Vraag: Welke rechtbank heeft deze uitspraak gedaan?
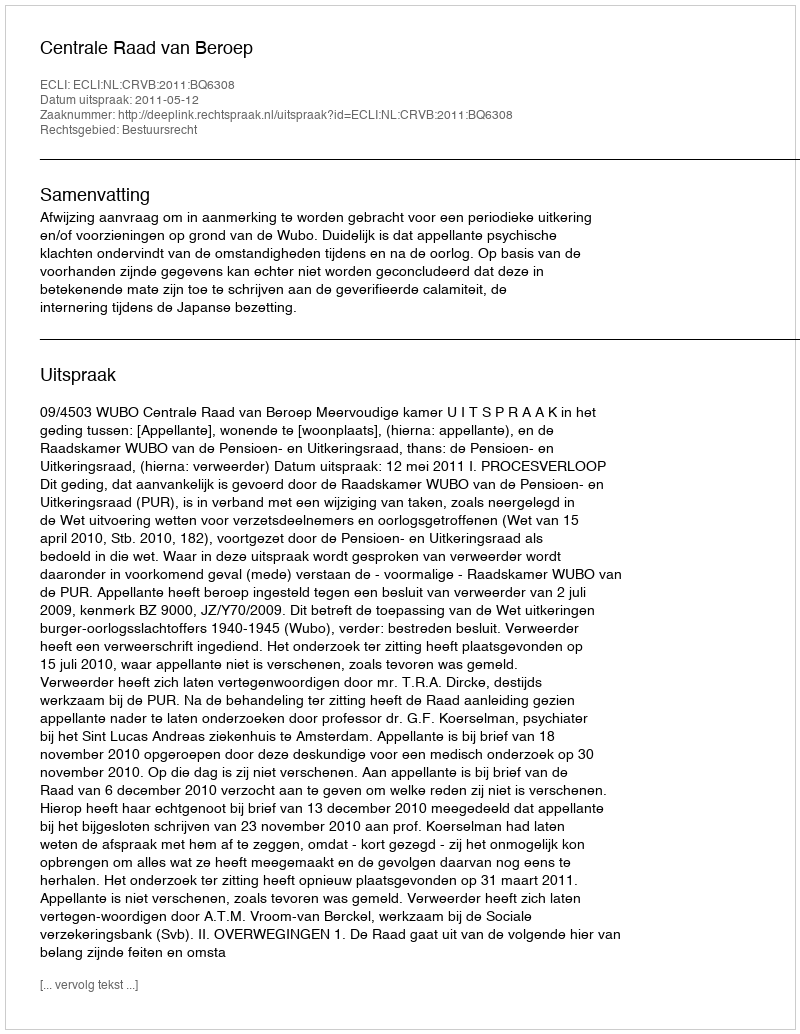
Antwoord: Centrale Raad van Beroep